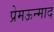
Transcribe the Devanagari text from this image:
प्रेमऊन्माद